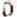
D